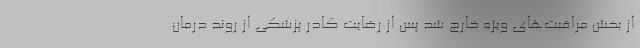
از بخش مراقبت‌های ویژه خارج شد پس از رضایت کادر پزشکی از روند درمان